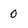
Character: 0